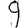
Digit: 9